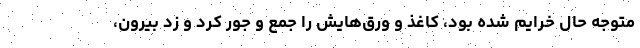
متوجه حال خرایم شده بود، کاغذ و ورق‌هایش را جمع و جور کرد و زد بیرون،